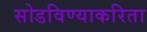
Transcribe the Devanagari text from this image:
सोडविण्याकरिता